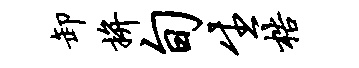
卸拚旬生梏